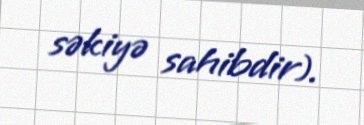
səkiyə sahibdir).